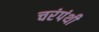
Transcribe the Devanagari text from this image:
चरंपंथी